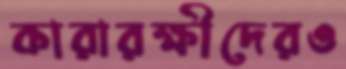
কারারক্ষীদেরও